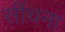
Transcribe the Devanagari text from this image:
सींचना